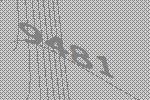
9481